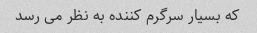
که بسیار سرگرم کننده به نظر می رسد